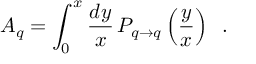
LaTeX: A _ { q } = \int _ { 0 } ^ { x } { \frac { d y } { x } } \, P _ { q \rightarrow q } \left( { \frac { y } { x } } \right) \; \; .